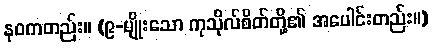
နဝကတည်း။ (၉-မျိုးသော ကုသိုလ်စိတ်တို့၏ အပေါင်းတည်း။)